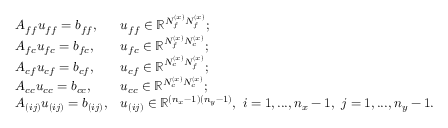
\begin{array} { l l } { A _ { f f } u _ { f f } = b _ { f f } , } & { u _ { f f } \in \mathbb { R } ^ { N _ { f } ^ { ( x ) } N _ { f } ^ { ( x ) } } ; } \\ { A _ { f c } u _ { f c } = b _ { f c } , } & { u _ { f c } \in \mathbb { R } ^ { N _ { f } ^ { ( x ) } N _ { c } ^ { ( x ) } } ; } \\ { A _ { c f } u _ { c f } = b _ { c f } , } & { u _ { c f } \in \mathbb { R } ^ { N _ { c } ^ { ( x ) } N _ { f } ^ { ( x ) } } ; } \\ { A _ { c c } u _ { c c } = b _ { c c } , } & { u _ { c c } \in \mathbb { R } ^ { N _ { c } ^ { ( x ) } N _ { c } ^ { ( x ) } } ; } \\ { A _ { ( i j ) } u _ { ( i j ) } = b _ { ( i j ) } , } & { u _ { ( i j ) } \in \mathbb { R } ^ { ( n _ { x } - 1 ) ( n _ { y } - 1 ) } , \ i = 1 , . . . , n _ { x } - 1 , \ j = 1 , . . . , n _ { y } - 1 . } \end{array}